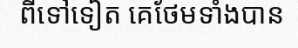
ពីទៅទៀត គេថែមទាំងបាន